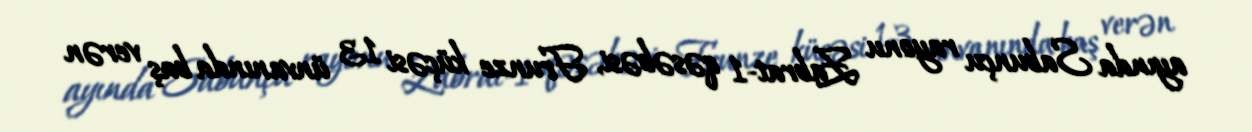
ayında Sabunçu rayonu Zabrat-1 qəsəbəsi, Frunze küçəsi 13 ünvanında baş verən